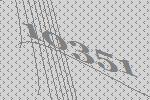
10351